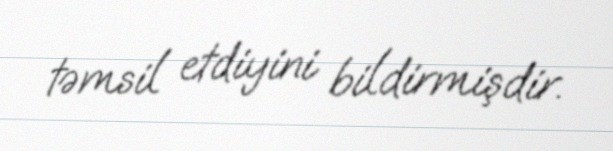
təmsil etdiyini bildirmişdir.